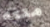
متعه